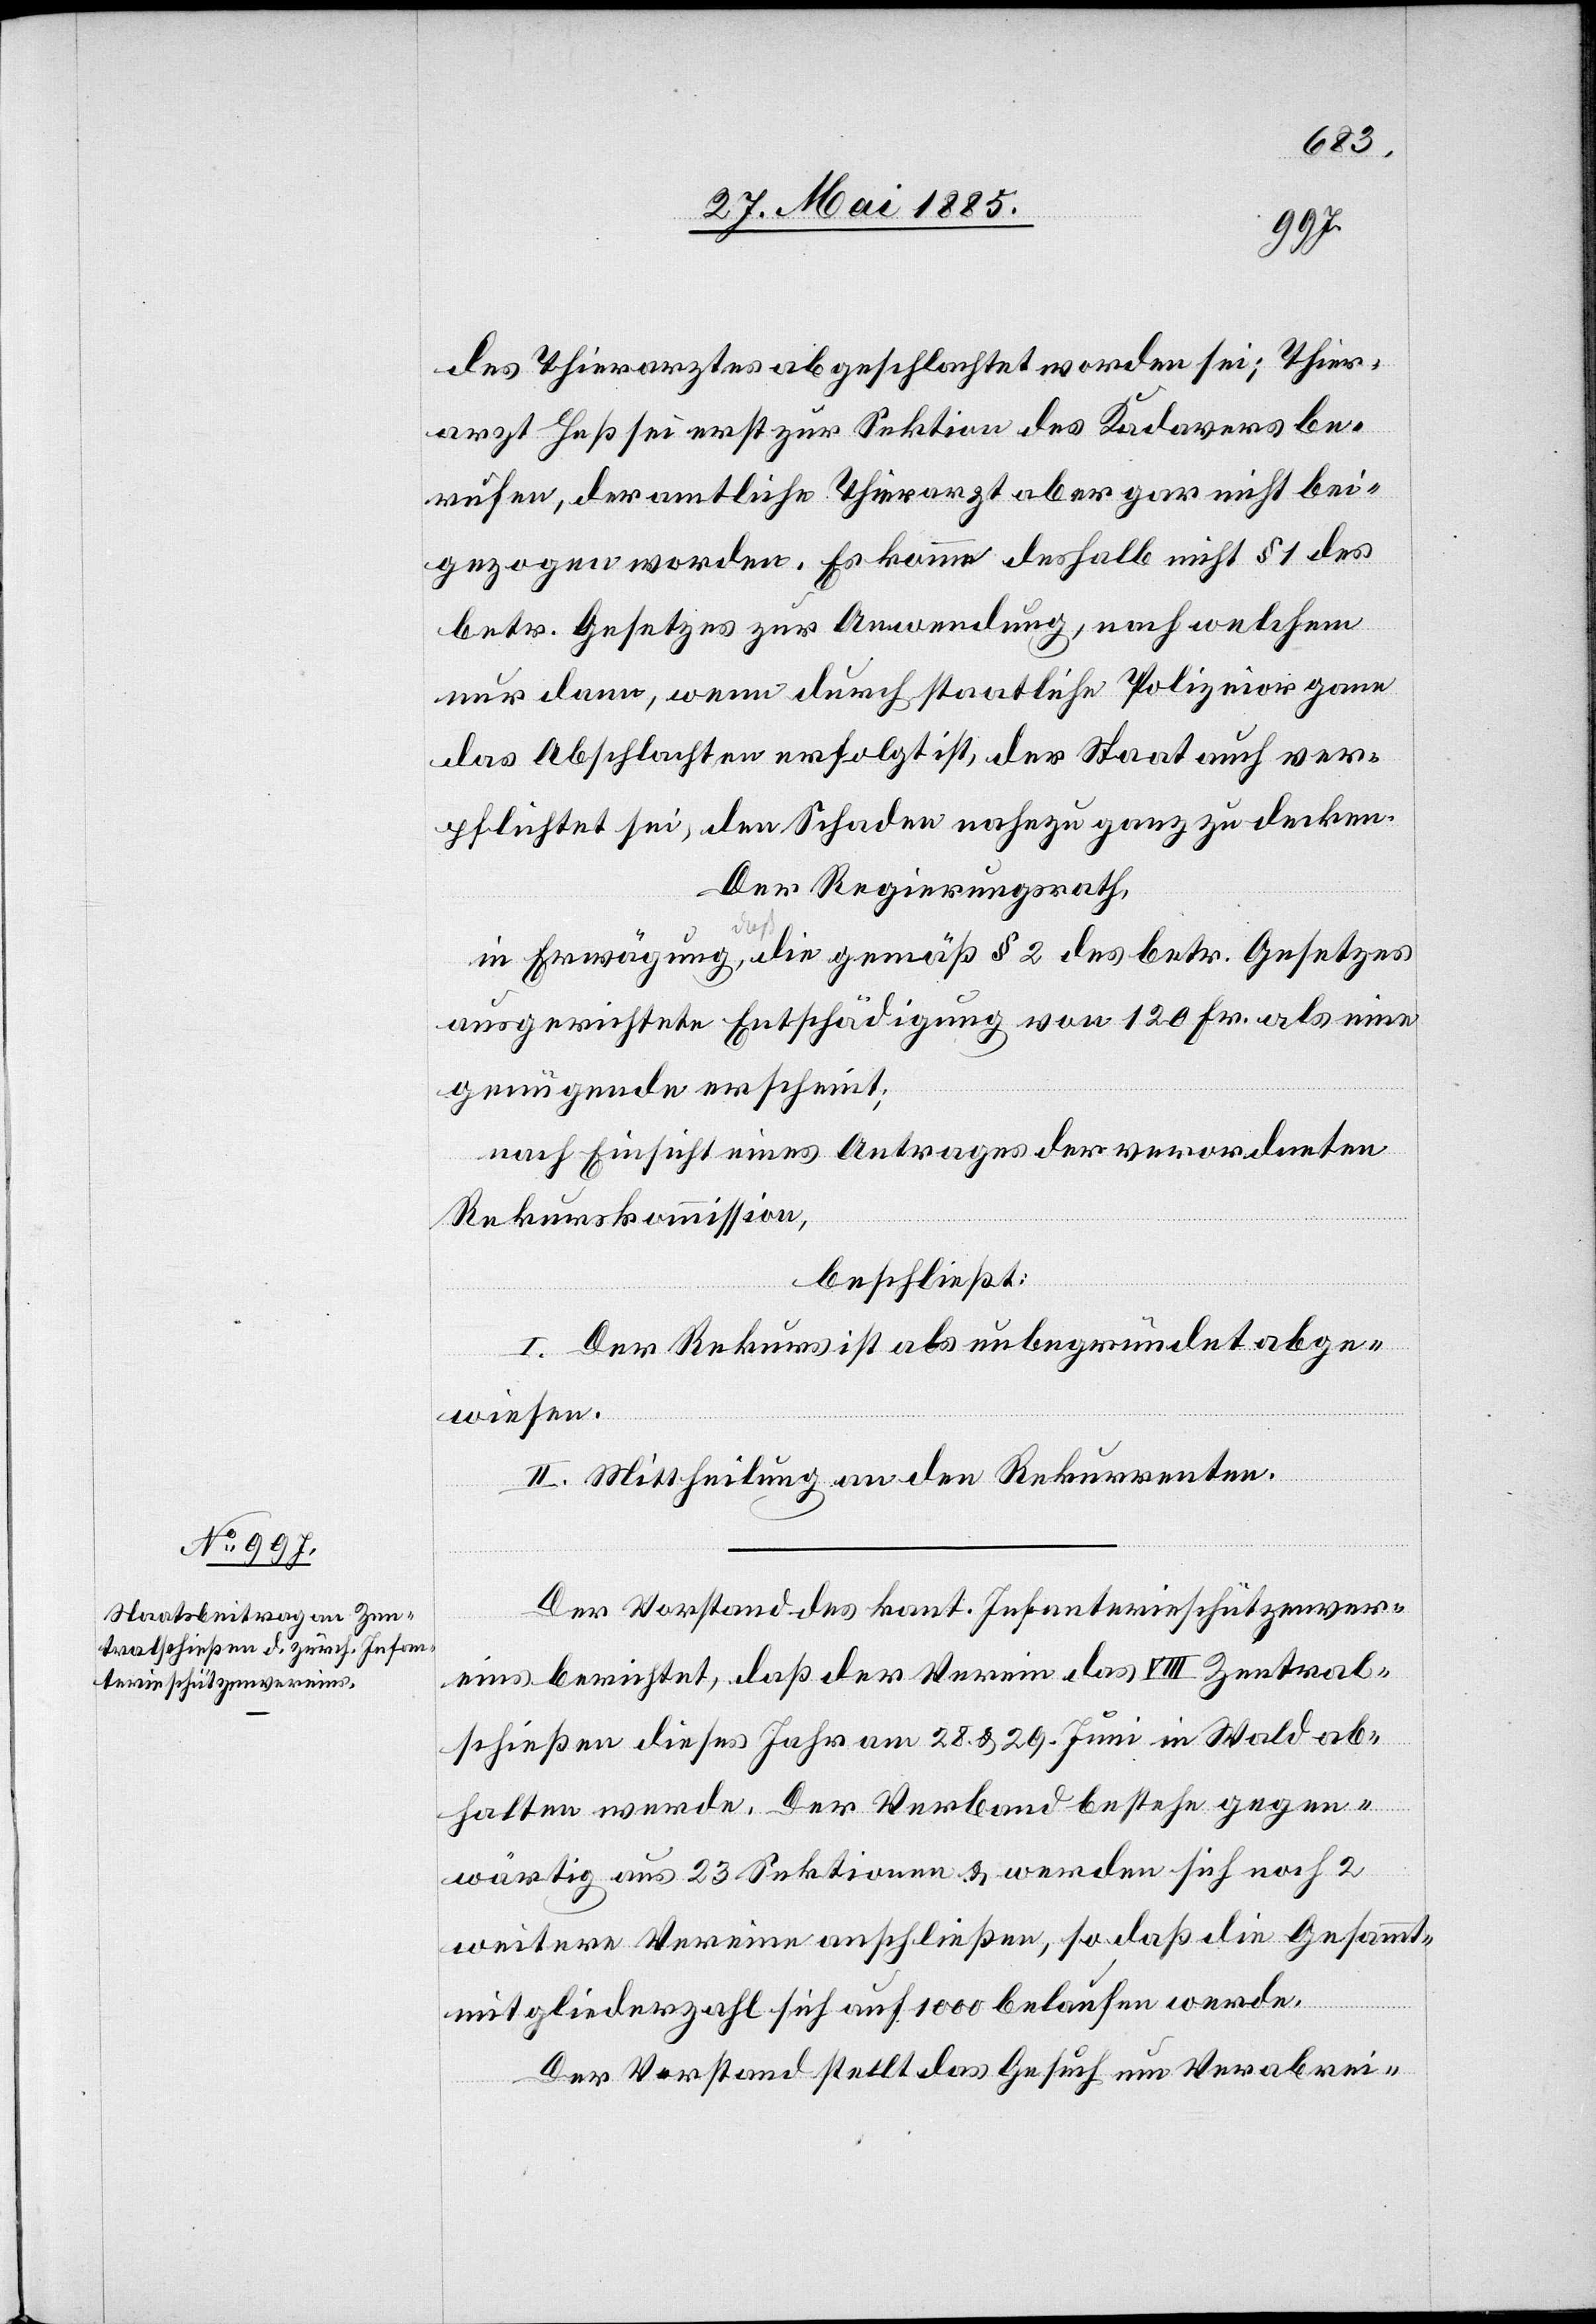
des Thierarztes geschlachtet worden sei; Thier¬
arzt Heß sei erst zur Sektion des Kadavers be¬
rufen, der amtliche Thierarzt aber gar nicht bei¬
gezogen worden. Es komme deshalb nicht § 1 des
betr. Gesetzes zur Anwendung, nach welchem
nur dann, wenn durch staatliche Polizeiorgane
das Abschlachten erfolgt ist, der Staat auch ver¬
pflichtet sei, den Schaden nahezu ganz zu decken.
Der Regierungsrath,
in Erwägung, a-daß-a die gemäß § 2 des betr. Gesetzes
ausgerichtete Entschädigung von 120 Fr. als eine
genügende erscheint;
nach Einsicht eines Antrages der verordneten
Rekurskommission,
beschließt:
I. Der Rekurs ist als unbegründet abge¬
wiesen.
II. Mittheilung an den Rekurrenten.
Der Vorstand des kant. Infanterieschützenver¬
eins berichtet, daß der Verein das VIII. Zentral¬
schießen dieses Jahr am 28. & 29. Juni in Wald abge¬
halten werde. Der Verband bestehe gegen¬
wärtig aus 23 Sektionen & werden sich noch 2
weitere Vereine anschließen, so daß die Gesammt¬
mitgliederzahl sich auf 1000 belaufen werde.
Der Vorstand stellt das Gesuch um Verabrei-